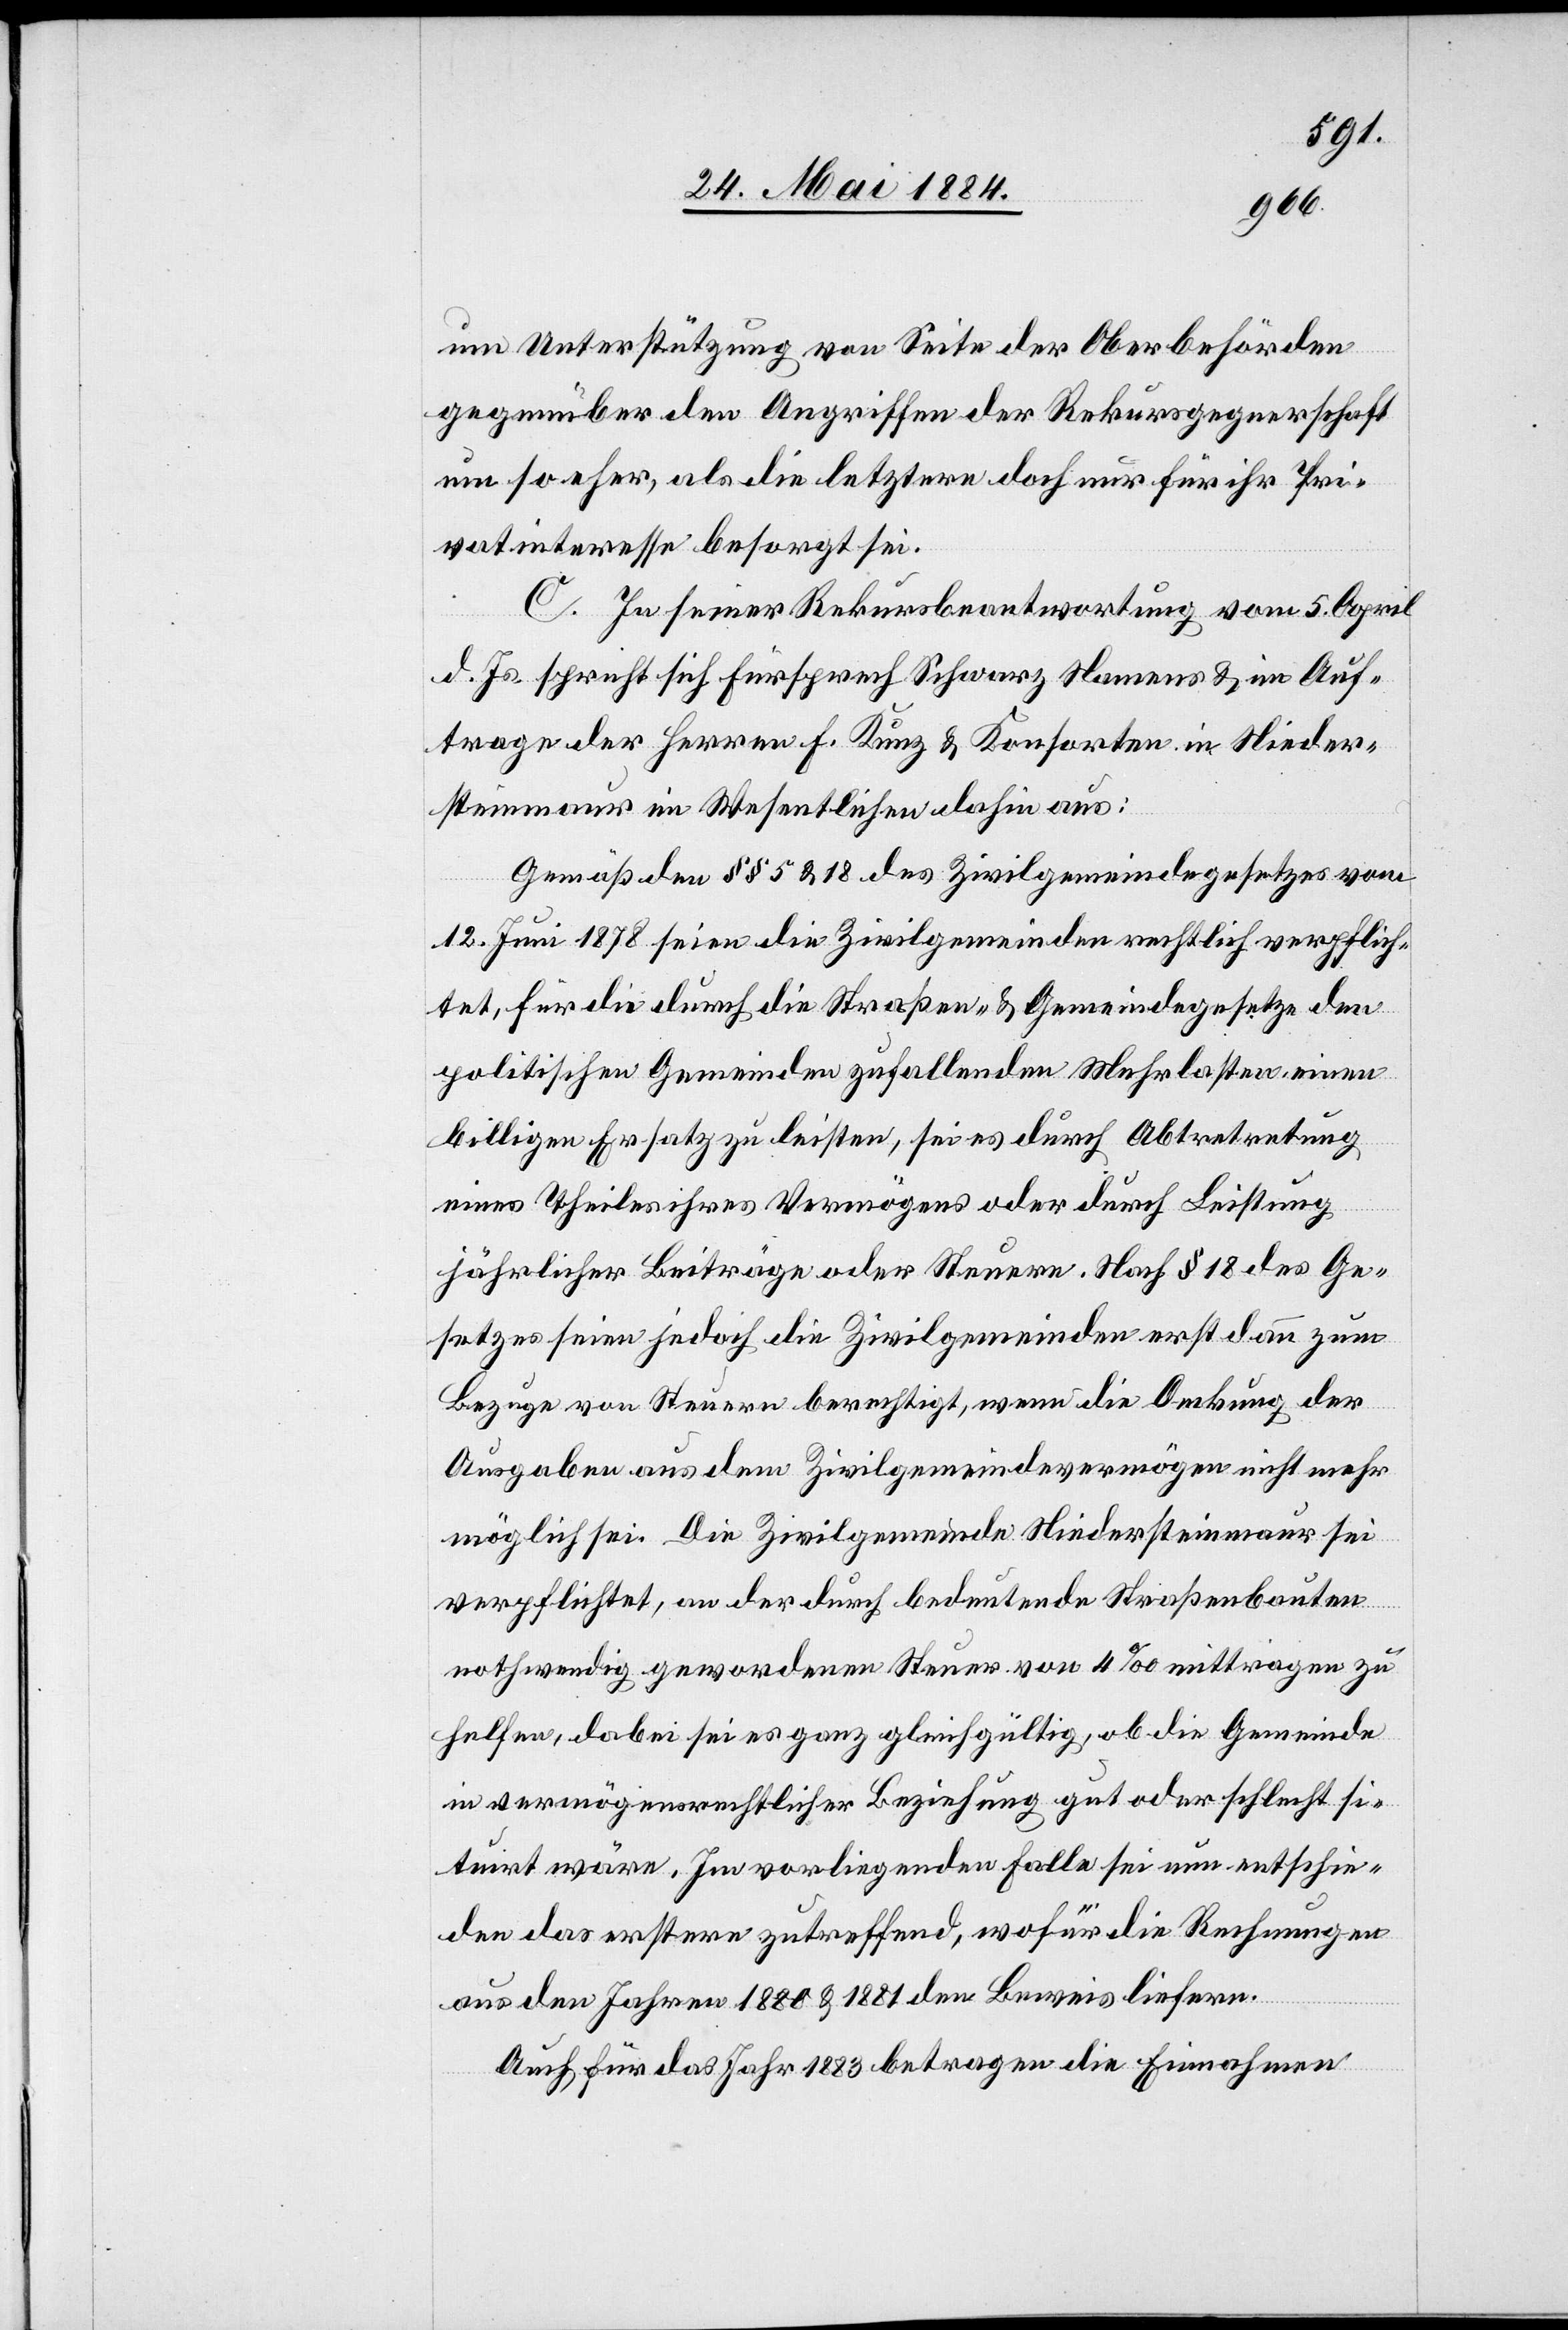
um Untersuchung von Seite der Oberbehörden
gegenüber den Angriffen der Rekursgegnerschaft
um so eher, als die letztern doch nur für ihr Pri¬
vatinteresse besorgt sei.
C. In seiner Rekursbeantwortung vom 5. April
d. Js. spricht sich Fürsprech Schwarz Namens & im Auf¬
trage der Herren F. Kunz & Konsorten in Nieder¬
steinmaur im Wesentlichen dahin aus:
Gemäß den §§ 5 & 18 des Zivilgemeindegesetzes vom
12. Juni 1878 seien die Zivilgemeinden rechtlich verpflich¬
tet, für die durch die Straßen- & Gemeindegesetze den
politischen Gemeinden zufallenden Mehrlasten einen
billigen Ersatz zu leisten, sei es durch Abtretung
eines Theiles ihres Vermögens oder durch Leistung
jährlicher Beiträge oder Steuern. Nach § 18 des Ge¬
setzes seien jedoch die Zivilgemeinden erst dann zum
Bezuge von Steuern berechtigt, wenn die Deckung der
Ausgaben aus dem Zivilgemeindevermögen nicht mehr
möglich sei. Die Zivilgemeinde Niedersteinmaur sei
verpflichtet, an der durch bedeutende Straßenbauten
nothwendig gewordene Steuer von 4‰ mittragen zu
helfen, dabei sei es ganz gleichgültig, ob die Gemeinde
in vermögensrechtlicher Beziehung gut oder schlecht si¬
tuirt wäre. Im vorliegenden Falle sei nun entschie¬
den das erstere zutreffend, wofür die Rechnungen
aus den Jahren 1880 & 1881 den Beweis liefern.
Auch für das Jahr 1883 betragen die Einnahmen